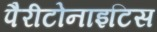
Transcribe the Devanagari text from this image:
पैरीटोनाइटिस